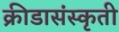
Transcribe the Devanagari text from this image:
क्रीडासंस्कृती